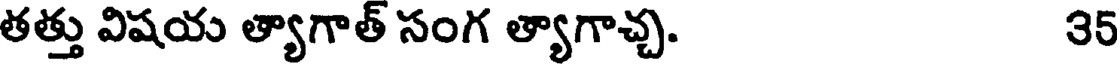
తత్తు విషయ త్యాగాత్ సంగ త్యాగాచ్చ. 35